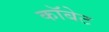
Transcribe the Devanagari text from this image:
कॉबेट